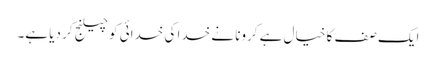
ایک صف کا خیال ہے کرونا نے خدا کی خدائی کو چیلنج کر دیا ہے۔